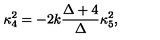
\kappa _ { 4 } ^ { 2 } = - 2 k \frac { \Delta + 4 } { \Delta } \kappa _ { 5 } ^ { 2 } ,